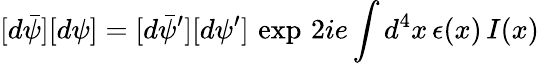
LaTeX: [d\bar{\psi}][d\psi]=[d\bar{\psi}^{\prime}][d\psi^{\prime}]\, \exp\, {2ie\int d^{4}x\, \epsilon(x)\, I(x)}